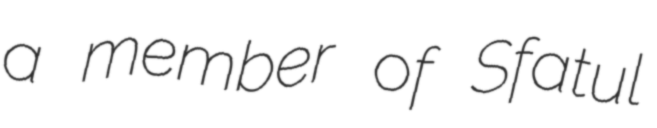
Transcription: a member of Sfatul